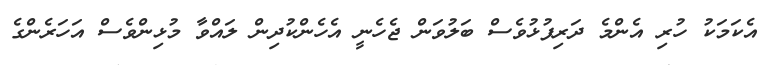
އެކަމަކު ހުރި އެންމެ ދަރިފުޅުވެސް ބަލުވަން ޖެހެނީ އެހެންކުދިން ލައްވާ މުޅިންވެސް އަހަރެންގެ